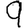
Digit: 9